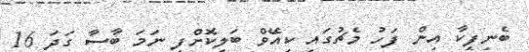
ބެނިފީކާ އިން ފަހު މެޗުގައި ކިއޭވް ބަލިކޮށްފި ނަމަ ބާސާ ގަދަ 16